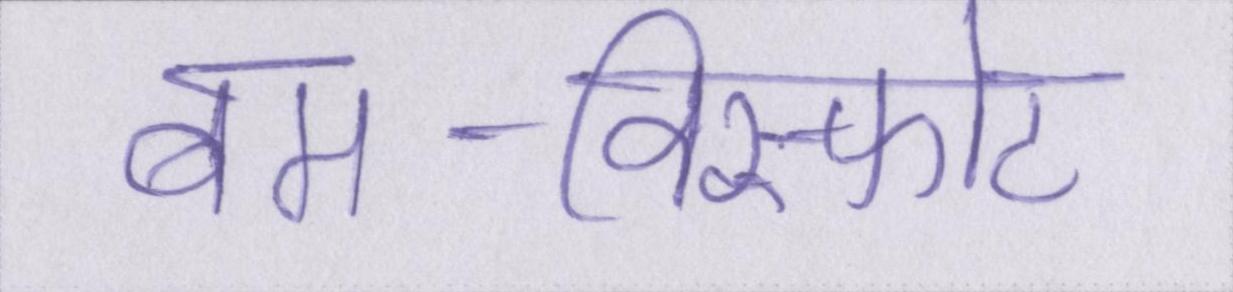
बम-विस्फोट